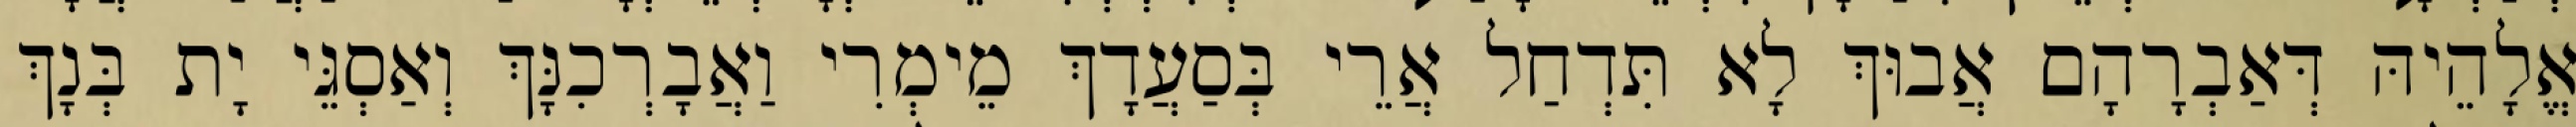
אֱלָהֵיהּ דְּאַבְרָהָם אֲבוּךְ לָא תִּדְחַל אֲרֵי בְּסַעֲדָךְ מֵימְרִי וַאֲבָרְכִנָּךְ וְאַסְגֵּי יָת בְּנָךְ